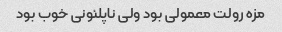
مزه رولت معمولی بود ولی ناپلئونی خوب بود